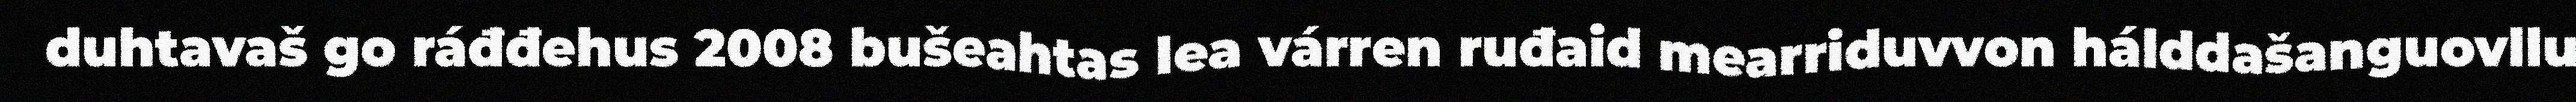
duhtavaš go ráđđehus 2008 bušeahtas lea várren ruđaid mearriduvvon hálddašanguovllu